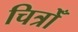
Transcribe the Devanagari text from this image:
चित्रोँ